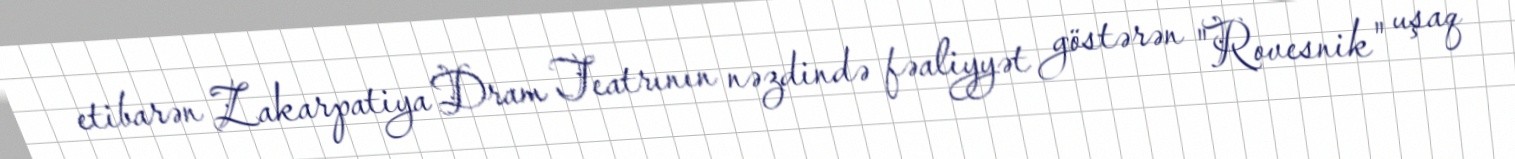
etibarən Zakarpatiya Dram Teatrının nəzdində fəaliyyət göstərən "Rovesnik" uşaq